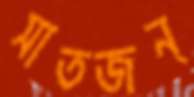
সাতজন্